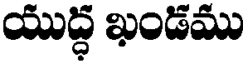
యుద్ధ ఖండము